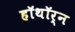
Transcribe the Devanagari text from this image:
हॉथॉर्न